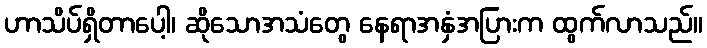
ဟာသိပ်ရှိတာပေါ့၊ ဆိုသောအသံတွေ နေရာအနှံအပြားက ထွက်လာသည်။